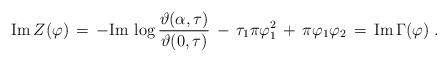
LaTeX: \begin{align*}{\rm Im} \, Z (\varphi) \,=\, - {\rm Im} \, \log\frac{\vartheta (\alpha , \tau)}{\vartheta (0,\tau)} \,-\,\tau_1 \pi\varphi_1^2 \,+\, \pi \varphi_1 \varphi_2 \,=\, {\rm Im} \, \Gamma (\varphi)\;.\end{align*}